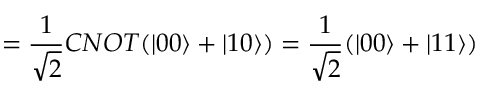
= \frac { 1 } { \sqrt { 2 } } { C N O T } ( | 0 0 \rangle + | 1 0 \rangle ) = \frac { 1 } { \sqrt { 2 } } ( | 0 0 \rangle + | 1 1 \rangle )